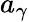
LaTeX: a_{\gamma}